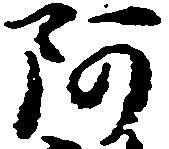
阿